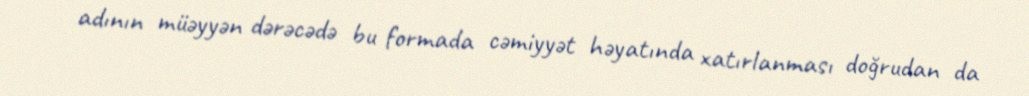
adının müəyyən dərəcədə bu formada cəmiyyət həyatında xatırlanması doğrudan da